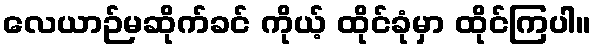
လေယာဉ်မဆိုက်ခင် ကိုယ့် ထိုင်ခုံမှာ ထိုင်ကြပါ။